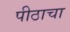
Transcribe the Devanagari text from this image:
पीठाचा